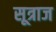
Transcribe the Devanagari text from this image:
सूत्राज